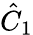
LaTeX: \hat{C}_{1}